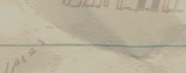
بيع وتوزيع منتجات العافية